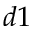
d 1